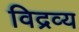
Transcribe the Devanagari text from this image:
विद्रव्य